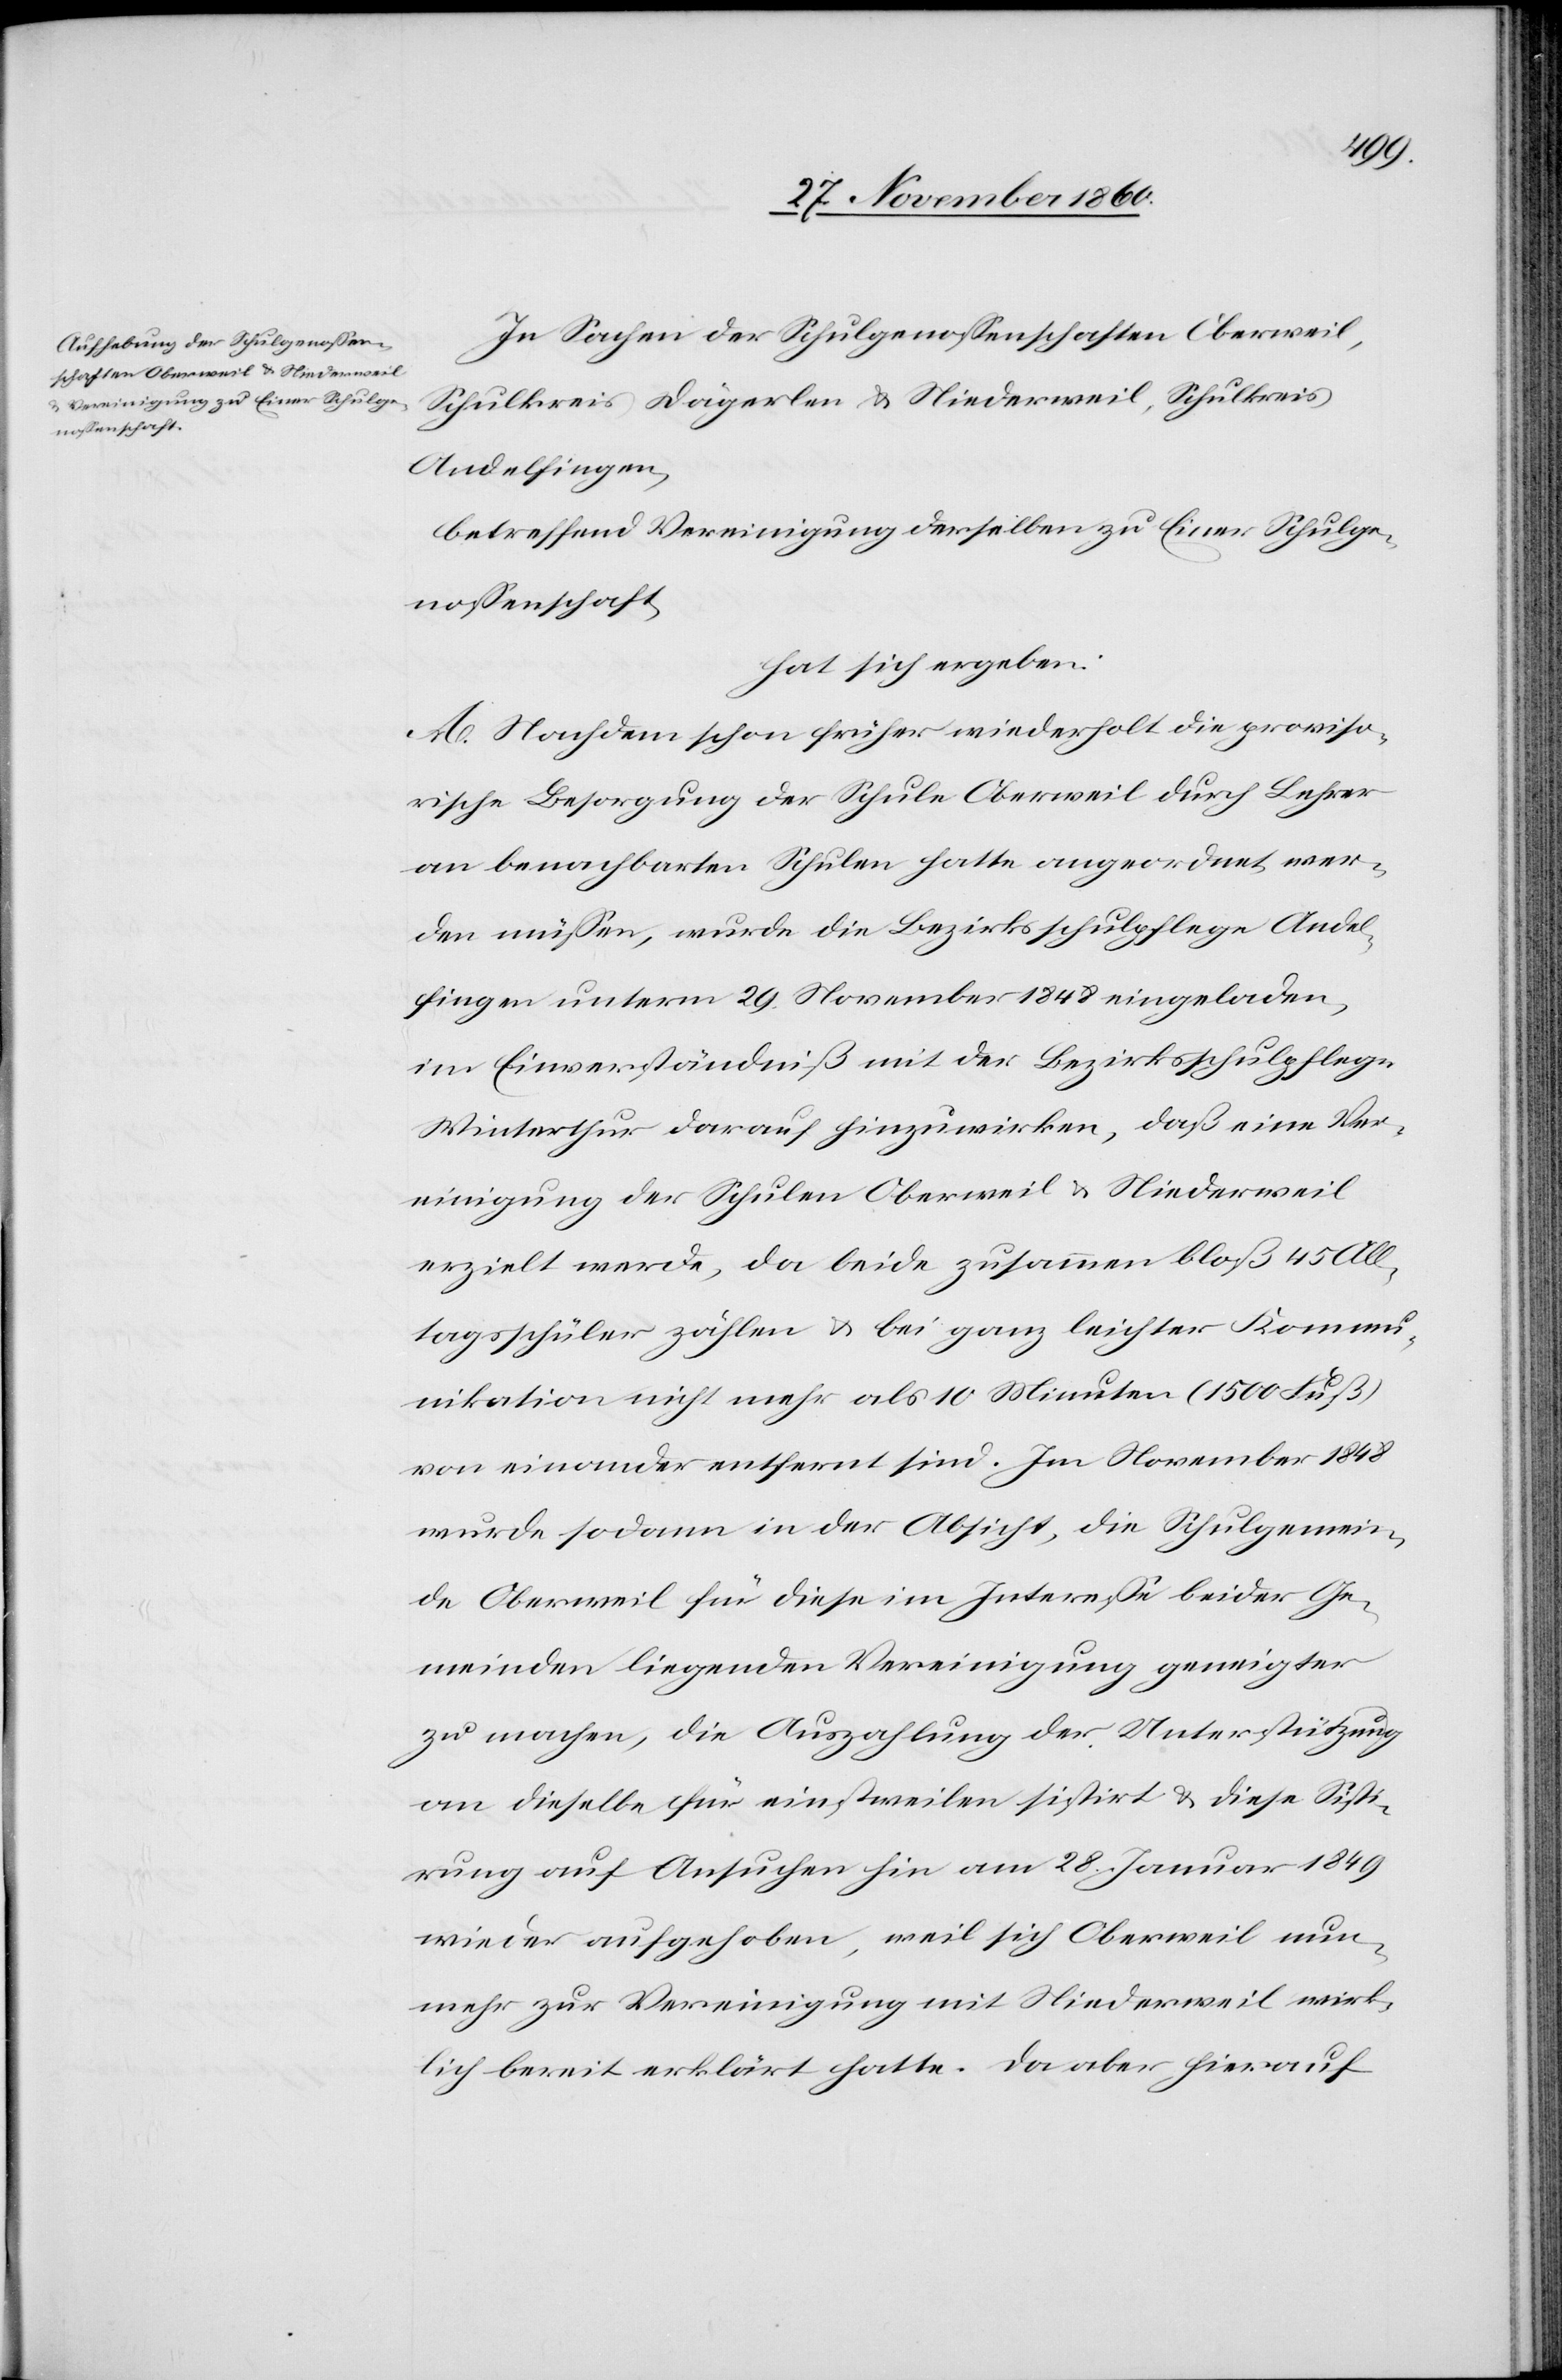
In Sachen der Schulgenossenschaften Oberweil,
Schulkreis Dägerlen u. Niederweil, Schulkreis
Andelfingen,
betreffend Vereinigung derselben zu Einer Schulge¬
nossenschaft,
hat sich ergeben:
A. Nachdem schon früher wiederholt die proviso¬
rische Besorgung der Schule Oberweil durch Lehrer
an benachbarten Schulen hatte angeordnet wer¬
den müßen, wurde die Bezirksschulpflege Andel¬
fingen unter, 29. November 1848 eingeladen,
im Einverständniß mit der Bezirksschulpflege
Winterthur darauf hinzuwirken, daß eine Ver¬
einigung der Schulen Oberweil u. Niederweil
erzielt werde, da beide zusammen bloß 45 All¬
tagsschüler zählen u. bei ganz leichter Kommu¬
nikation nicht mehr als 10 Minuten (1500 Fuß)
von einander entfernt sind. Im November 1848
wurde sodann in der Absicht, die Schulgemein¬
de Oberweil für diese im Interesse beider Ge¬
meinden liegenden Vereinigung geneigter
zu machen, die Auszahlung der Unterstützung
an dieselbe für einstweilen sistirt u. diese Sisti¬
rung auf Ansuchen hin am 28. Januar 1849
wider aufgehoben, weil sich Oberweil nun¬
mehr zur Vereinigung mit Niederweil wirk¬
lich bereit erklärt hatte. Da aber hierauf